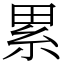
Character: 累